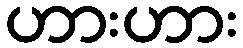
ဟားဟား